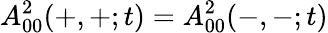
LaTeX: A_{00}^{2}(+,+;t)=A_{00}^{2}(-,-;t)